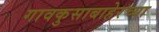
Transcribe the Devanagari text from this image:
गावकुसाबाहेरच्या